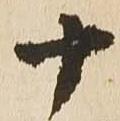
十